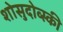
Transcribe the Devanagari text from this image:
शोसुदोव्स्की